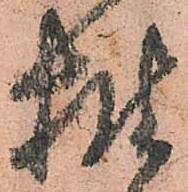
披